Vaccination in Burma 1900-1911 - 1900-1911
Year: 1900
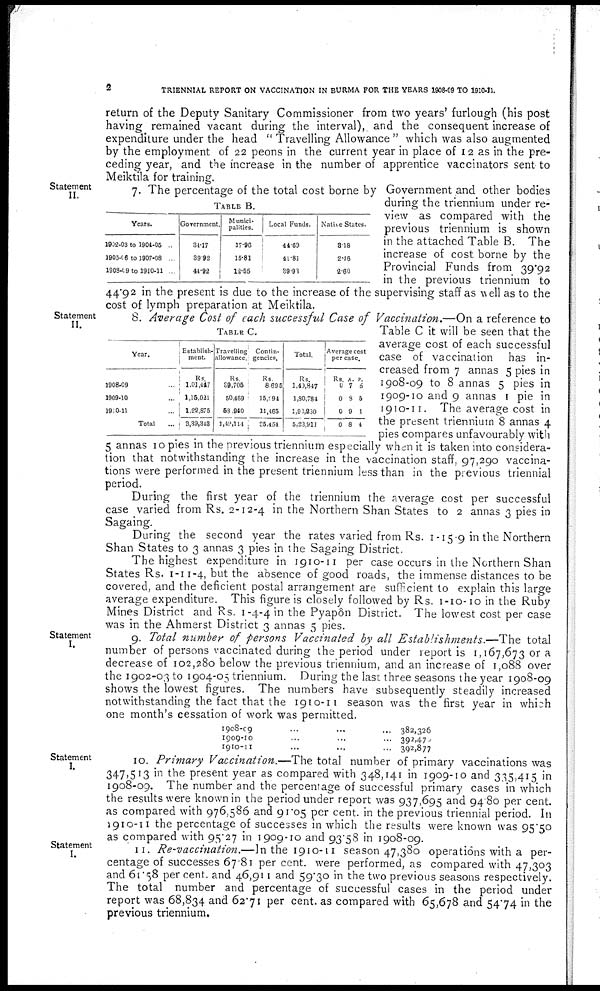
2
TRIENNIAL REPORT ON VACCINATION IN BURMA FOR THE YEARS 1908-09 TO 1910-11.
return of the Deputy Sanitary Commissioner from two years' furlough (his post
having remained vacant during the interval), and the consequent increase of
expenditure under the head " Travelling Allowance " which was also augmented
by the employment of 22 peons in the current year in place of 12 as in the pre-
ceding year, and the increase in the number of apprentice vaccinators sent to
Meiktila for training.
Statement
II.
TABLE B.
Years.
1902-03 to 1904-05 ...
1905-06 to 1907-08 ...
1908-09 to 1910-11 ...
Government.
34.17
39.92
41.92
Munici-
palities.
17.96
15.81
12.55
Local Funds.
44.69
41.81
39.93
Native States.
3.18
2.46
2.60
7. The percentage of the total cost borne by Government and other bodies
during the triennium under re-
view as compared with the
previous triennium is shown
in the attached Table B. The
increase of cost borne by the
Provincial Funds from 39.92
in the previous triennium to
44.92 in the present is due to the increase of the supervising staff as well as to the
cost of lymph preparation at Meiktila.
Statement
II.
TABLE C.
Year.
1908-09 ...
1909-10 ...
1910-11 ...
Total ...
Establish-
ment.
Rs.
1,01,447
1,15,021
1,22,875
3,39,348
Travelling
allowance
Rs.
39,705
50,469
53,910
1,49,174
Contin-
gencies.
Rs.
8,695
15,094
11,465
35,454
Total.
Rs.
1,40,847
1,80,784
1,90,230
5,23,911
Average cost
per case.
Rs.
0
0
0
0
A.
7
3
9
8
P.
6
5
1
4
8. Average Cost of each successful Case of Vaccination.—On a reference to
Table C it will be seen that the
average cost of each successful
case of vaccination has in-
creased from 7 annas 5 pies in
1908-09 to 8 annas 5 pies in
1909-10 and 9 annas 1 pie in
1910-11. The average cost in
the present triennium 8 annas 4
pies compares unfavourably with
5 annas 10 pies in the previous triennium especially when it is taken into considera-
tion that notwithstanding the increase in the vaccination staff, 97,290 vaccina-
tions were performed in the present triennium less than in the previous triennial
period.
During the first year of the triennium the average cost per successful
case varied from Rs. 2-12-4 in the Northern Shan States to 2 annas 3 pies in
Sagaing.
During the second year the rates varied from Rs. 1-15-9 in the Northern
Shan States to 3 annas 3 pies in the Sagaing District.
The highest expenditure in 1910-11 per case occurs in the Northern Shan
States Rs. 1-11-4, but the absence of good roads, the immense distances to be
covered, and the deficient postal arrangement are sufficient to explain this large
average expenditure. This figure is closely followed by Rs. 1-10-10 in the Ruby
Mines District and Rs. 1 -4-4 in the Pyapôn District. The lowest cost per case
was in the Ahmerst District 3 annas 5 pies.
Statement
I.
9. Total number of persons Vaccinated by all Establishments.—The total
number of persons vaccinated during the period under report is 1,167,673 or a
decrease of 102,280 below the previous triennium, and an increase of 1,088 over
the 1902-03 to 1904-05 triennium. During the last three seasons the year 1908-09
shows the lowest figures. The numbers have subsequently steadily increased
notwithstanding the fact that the 1910-11 season was the first year in which
one month's cessation of work was permitted.
1908-09 ... ... ...
1909-10 ... ... ...
1910-11 ... ... ...
382,326
392,470
392,877
Statement
I.
10. Primary Vaccination.— The total number of primary vaccinations was
347,513 in the present year as compared with 348,141 in 1909-10 and 335,415 in
1908-09. The number and the percentage of successful primary cases in which
the results were known in the period under report was 937,695 and 94.80 per cent.
as compared with 976,586 and 91.05 per cent. in the previous triennial period. In
1910-11 the percentage of successes in which the results were known was 95.50
as compared with 95.27 in 1909-10 and 93.58 in 1908-09.
Statement
I.
11. Re-vaccination.—In the 1910-11 season 47,380 operations with a per-
centage of successes 67.81 per cent. were performed, as compared with 47,303
and 61.58 per cent. and 46,911 and 59.30 in the two previous seasons respectively.
The total number and percentage of successful cases in the period under
report was 68,834 and 62.71 per cent. as compared with 65,678 and 54.74 in the
previous triennium.